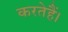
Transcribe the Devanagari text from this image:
करतेहैं।